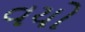
વયો